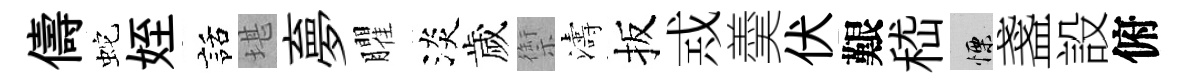
儔蛇姪話堪夣臞淡歲禦濤扳𢦶羮伏艱嵇慄盞設俯